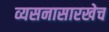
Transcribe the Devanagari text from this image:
व्यसनासारखेच